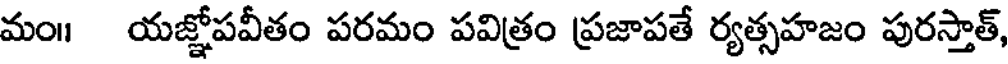
మం॥ యజ్ఞోపవీతం పరమం పవిత్రం ప్రజాపతే ర్యత్సహజం పురస్తాత్,